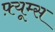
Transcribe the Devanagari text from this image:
फ़्यूम्स